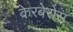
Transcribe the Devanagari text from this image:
केरबेरोस